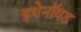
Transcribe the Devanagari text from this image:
इथेनॉयड